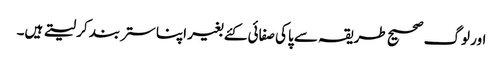
اور لوگ صحیح طریقہ سے پاکی صفائی کئے بغیر اپنا ستر بند کر لیتے ہیں۔